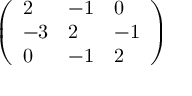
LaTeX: \left( \begin{array} { l l l } { { 2 } } & { { - 1 } } & { { 0 } } \\ { { - 3 } } & { { 2 } } & { { - 1 } } \\ { { 0 } } & { { - 1 } } & { { 2 } } \end{array} \right)